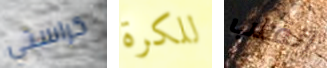
كراستي للكرة إنقلب